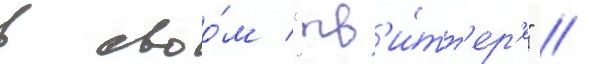
в своо́м "тв'и́тт'ер'е" //